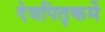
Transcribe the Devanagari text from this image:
देवपितृकर्मे